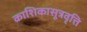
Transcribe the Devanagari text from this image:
काशिकासूत्रवृत्ति